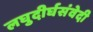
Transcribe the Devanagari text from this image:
लघुदीर्घसंवेदी